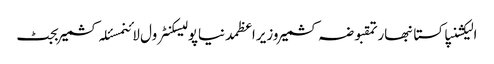
الیکشنپاکستانبھارتمقبوضہ کشمیروزیراعظمدنیاپولیسکنٹرول لائنمسئلہ کشمیربجٹ